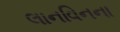
લાનવિનના